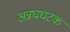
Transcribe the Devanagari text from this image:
अन्नघघटक